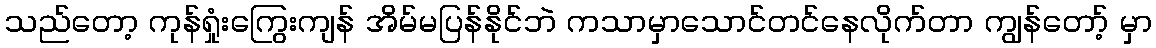
သည်တော့ ကုန်ရှုံးကြွေးကျန် အိမ်မပြန်နိုင်ဘဲ ကသာမှာသောင်တင်နေလိုက်တာ ကျွန်တော့် မှာ